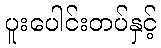
ပူးပေါင်းတပ်နှင့်